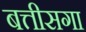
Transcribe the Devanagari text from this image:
बत्तीसगा